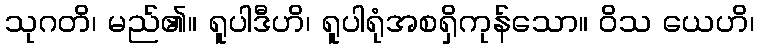
သုဂတိ၊ မည်၏။ ရူပါဒီဟိ၊ ရူပါရုံအစရှိကုန်သော။ ဝိသ ယေဟိ၊